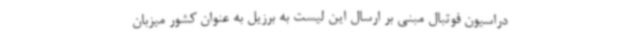
دراسیون فوتبال مبنی بر ارسال این لیست به برزیل به عنوان کشور میزبان